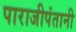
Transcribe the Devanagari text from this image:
पाराजीपंतानी